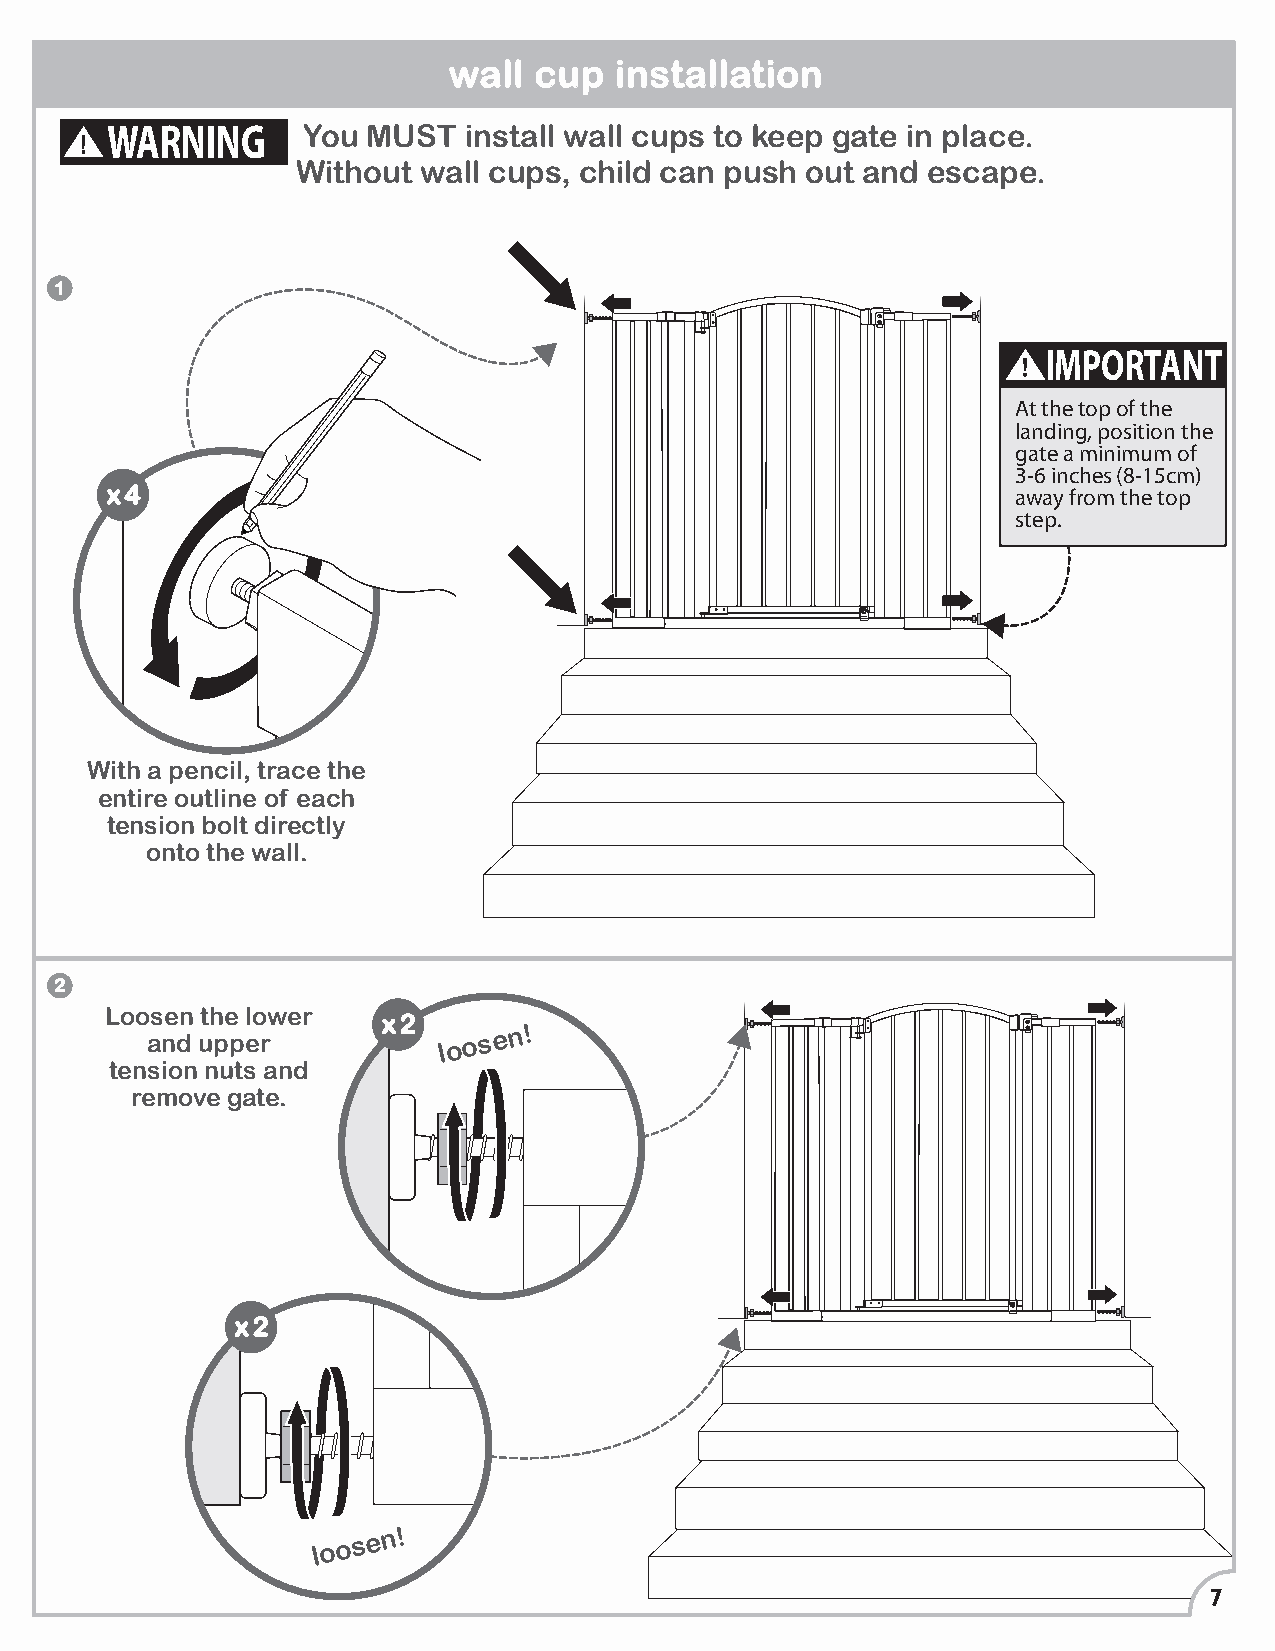
wall cup   installation
 WARNING      You MUST   install wall cups to keep gate in place.
 Without wall cups, child can push out and escape.
 1
 IMPORTANT
 At the top of the
 landing, position the
 gate a minimum of
 3-6 inches (8-15cm)
 x4                                                          away from the top
 step.
 With a pencil, trace the
 entire outline of each
 tension bolt directly
 onto the wall.
 2
 Loosen the lower
 x2
 and upper
 loosen!
 tension nuts and
 remove gate.
 x2
 loosen!
 7